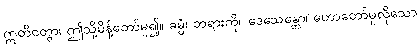
ဣတိဝတွာ၊ ဤသို့မိန့်တော်မူ၍။ ဓမ္မံ၊ တရားကို။ ဒေသေန္တော၊ ဟောတော်မူလိုသော